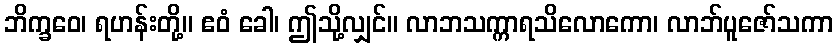
ဘိက္ခဝေ၊ ရဟန်းတို့။ ဧဝံ ခေါ၊ ဤသို့လျှင်။ လာဘသက္ကာရသိလောကော၊ လာဘ်ပူဇော်သကာ